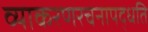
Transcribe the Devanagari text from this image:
व्याकरणरचनापद्धति